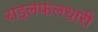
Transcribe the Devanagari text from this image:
राइलफलधारी